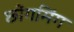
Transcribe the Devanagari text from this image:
छोंगमिंग